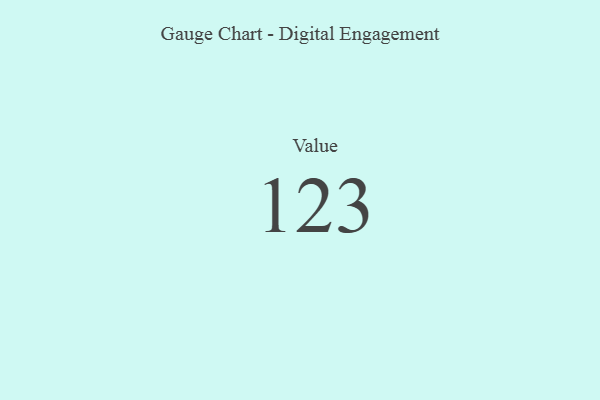
{"axis": {"x": "Metric", "y": "Value"}, "legend": [""], "data": [{"x": "Value", "y": 123, "type": ""}]}